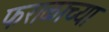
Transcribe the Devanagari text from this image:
फराळाच्या